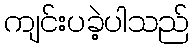
ကျင်းပခဲ့ပါသည်